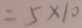
= 5 \times 1 0